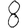
Digit: 8